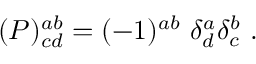
( { \cal P } ) _ { c d } ^ { a b } = ( - 1 ) ^ { a b } \ \delta _ { d } ^ { a } \delta _ { c } ^ { b } \ .